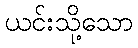
ယင်းသို့သော